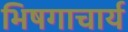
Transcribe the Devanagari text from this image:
भिषगाचार्य